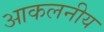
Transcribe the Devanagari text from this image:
आकलनीय